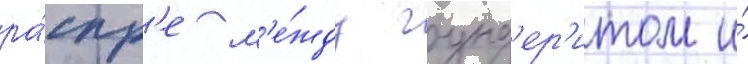
ра́спр'е м'е́жду гунд'ер'итом и́